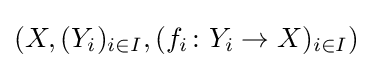
(X,(Y_{i})_{i\in I},(f_{i}\colon Y_{i}\to X)_{i\in I})